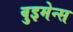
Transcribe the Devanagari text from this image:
वुइमेन्स